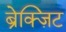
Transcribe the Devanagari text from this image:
ब्रेक्ज़िट